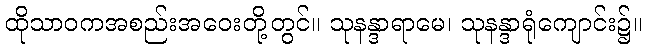
ထိုသာဝကအစည်းအဝေးတို့တွင်။ သုနန္ဒာရာမေ၊ သုနန္ဒာရုံကျောင်း၌။